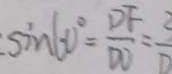
\cdot \sin 6 0 ^ { \circ } = \frac { D F } { D O } = \frac { 2 } { D }